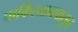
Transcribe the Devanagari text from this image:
पाकिस्तानपासून